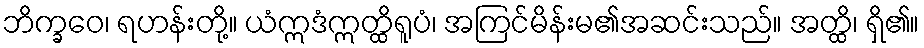
ဘိက္ခဝေ၊ ရဟန်းတို့။ ယံဣဒံဣတ္ထိရူပံ၊ အကြင်မိန်းမ၏အဆင်းသည်။ အတ္ထိ၊ ရှိ၏။